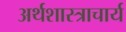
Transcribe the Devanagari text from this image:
अर्थशास्त्राचार्य